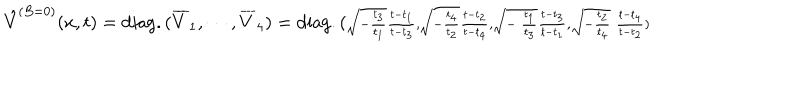
LaTeX: \hat { V } ^ { ( B = 0 ) } ( x , t ) = \mathrm { d i a g . } \, ( \overline { { { V } } } _ { 1 } , \cdots , \overline { { { V } } } _ { 4 } ) = \mathrm { d i a g . } \, ( \scriptstyle { { \sqrt { - { \frac { t _ { 3 } } { t _ { 1 } } } } { \frac { t - t _ { 1 } } { t - t _ { 3 } } } , \sqrt { - { \frac { t _ { 4 } } { t _ { 2 } } } } { \frac { t - t _ { 2 } } { t - t _ { 4 } } } , \sqrt { - { \ \frac { t _ { 1 } } { t _ { 3 } } } } { \frac { t - t _ { 3 } } { t - t _ { 1 } } } , \sqrt { - { \frac { t _ { 2 } } { t _ { 4 } } } } { \ \frac { t - t _ { 4 } } { t - t _ { 2 } } } } } )